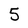
Character: 5